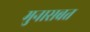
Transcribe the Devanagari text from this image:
मुनासबत